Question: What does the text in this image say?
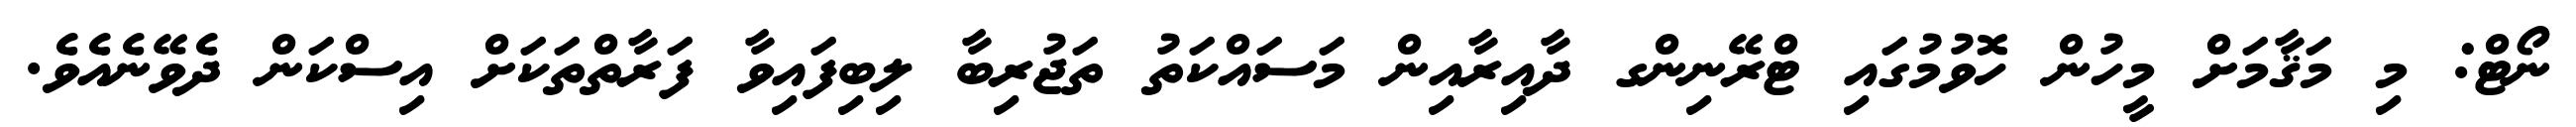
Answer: ނޯޓް: މި މަޤާމަށް މީހުން ހޮވުމުގައި ޓްރޭނިންގ ދާއިރާއިން މަސައްކަތު ތަޖުރިބާ ލިބިފައިވާ ފަރާތްތަކަށް އިސްކަން ދެވޭނެއެވެ.